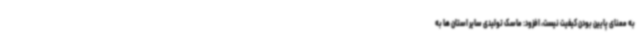
به معنای پایین بودن کیفیت نیست، افزود: ماسک تولیدی سایر استان ها به